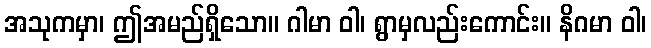
အသုကမှာ၊ ဤအမည်ရှိသော။ ဂါမာ ဝါ၊ ရွာမှလည်းကောင်း။ နိဂမာ ဝါ၊